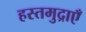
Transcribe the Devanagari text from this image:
हस्तमुद्राएँ